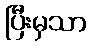
ပြီးမှသာ